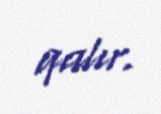
qalır.